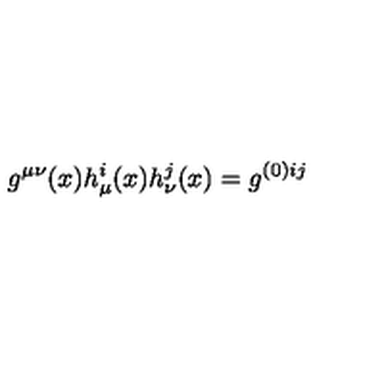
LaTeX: g ^ { \mu \nu } ( x ) h _ { \mu } ^ { i } ( x ) h _ { \nu } ^ { j } ( x ) = g ^ { ( 0 ) i j }